画像に写った文字を読んでください
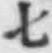
「七」と書いてあります